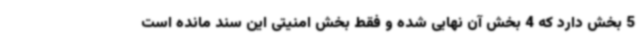
5 بخش دارد که 4 بخش آن نهایی شده و فقط بخش امنیتی این سند مانده است